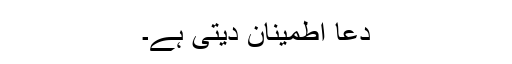
دعا اطمینان دیتی ہے۔